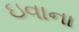
ઇવાના